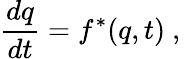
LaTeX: \frac{dq}{dt}=f^{*}(q,t)\mathrm{~,~}